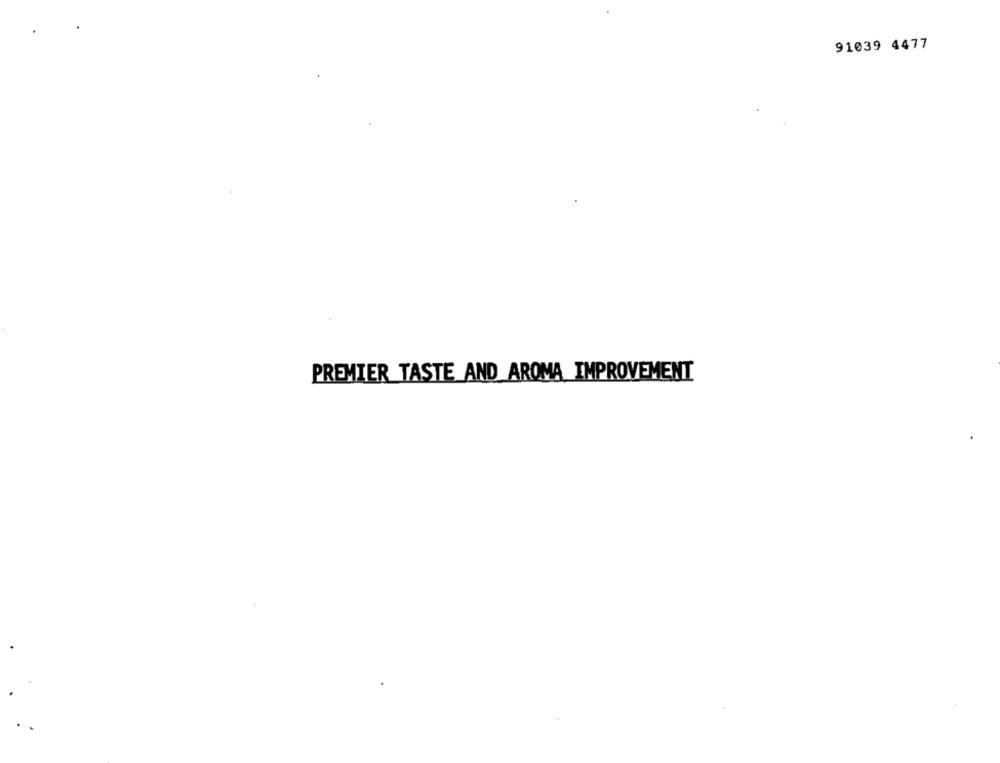
91039 4477
PREMIER TASTE AND AROMA IMPROVEMENT